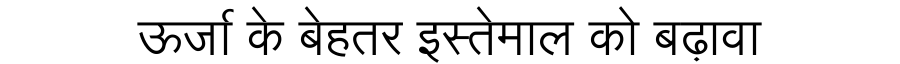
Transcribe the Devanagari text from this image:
ऊर्जा के बेहतर इस्तेमाल को बढ़ावा